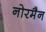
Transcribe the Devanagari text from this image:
नोरमैन